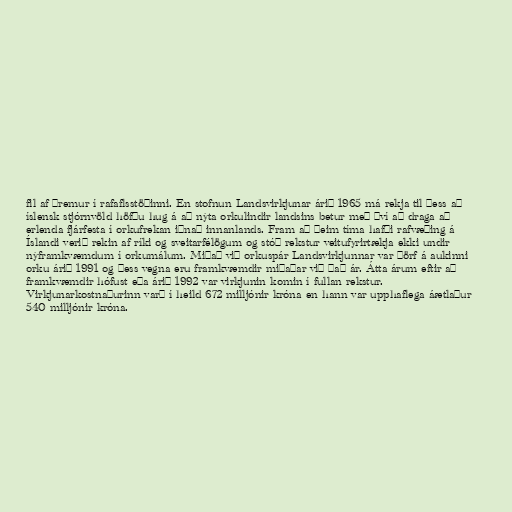
fil af þremur í rafaflsstöðinni. En stofnun Landsvirkjunar árið 1965 má rekja til þess að
íslensk stjórnvöld höfðu hug á að nýta orkulindir landsins betur með því að draga að
erlenda fjárfesta í orkufrekan iðnað innanlands. Fram að þeim tíma hafði rafvæðing á
Íslandi verið rekin af ríki og sveitarfélögum og stóð rekstur veitufyrirtækja ekki undir
nýframkvæmdum í orkumálum. Miðað við orkuspár Landsvirkjunnar var þörf á aukinni
orku árið 1991 og þess vegna eru framkvæmdir miðaðar við það ár. Átta árum eftir að
framkvæmdir hófust eða árið 1992 var virkjunin komin í fullan rekstur.
Virkjunarkostnaðurinn varð í heild 672 milljónir króna en hann var upphaflega áætlaður
540 milljónir króna.